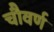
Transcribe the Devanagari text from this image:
चौवर्ण